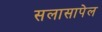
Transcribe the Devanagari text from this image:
सलासापेल